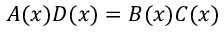
A ( x ) D ( x ) = B ( x ) C ( x )